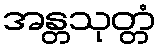
အန္တသုတ္တံ